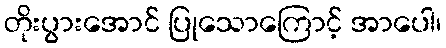
တိုးပွားအောင် ပြုသောကြောင့် အာပေါ၊